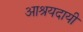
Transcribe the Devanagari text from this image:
आश्रयदायी